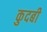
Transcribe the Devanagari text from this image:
कुदबी